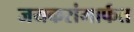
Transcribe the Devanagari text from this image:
जयकरांमार्फत